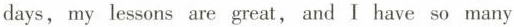
days, my lessons are great, and I have so many